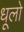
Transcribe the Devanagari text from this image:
धूलो